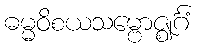
ဓမ္မဝိစယသမ္ဗောဇ္ဈင်္ဂံ